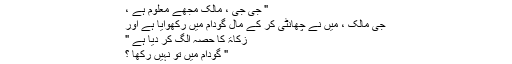
" جی جی ، مالک مجھے معلوم ہے ،
جی مالک ، میں نے چھانٹی کر کے مال گودام میں رکھوایا ہے اور
زکاۃ کا حصہ الگ کر دیا ہے "
" گودام میں تو نہیں رکھا ؟